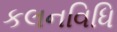
કલનવિધિ